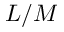
L / M